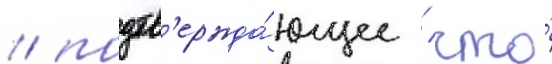
/ подтв'ержда́ющее / что́